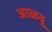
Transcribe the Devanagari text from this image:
आळवू